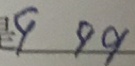
9 9 9